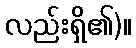
လည်းရှိ၏)။